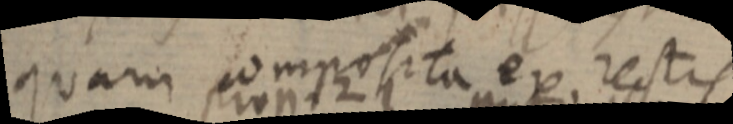
quam composita ex rectis